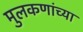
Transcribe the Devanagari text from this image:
मुलकणांच्या